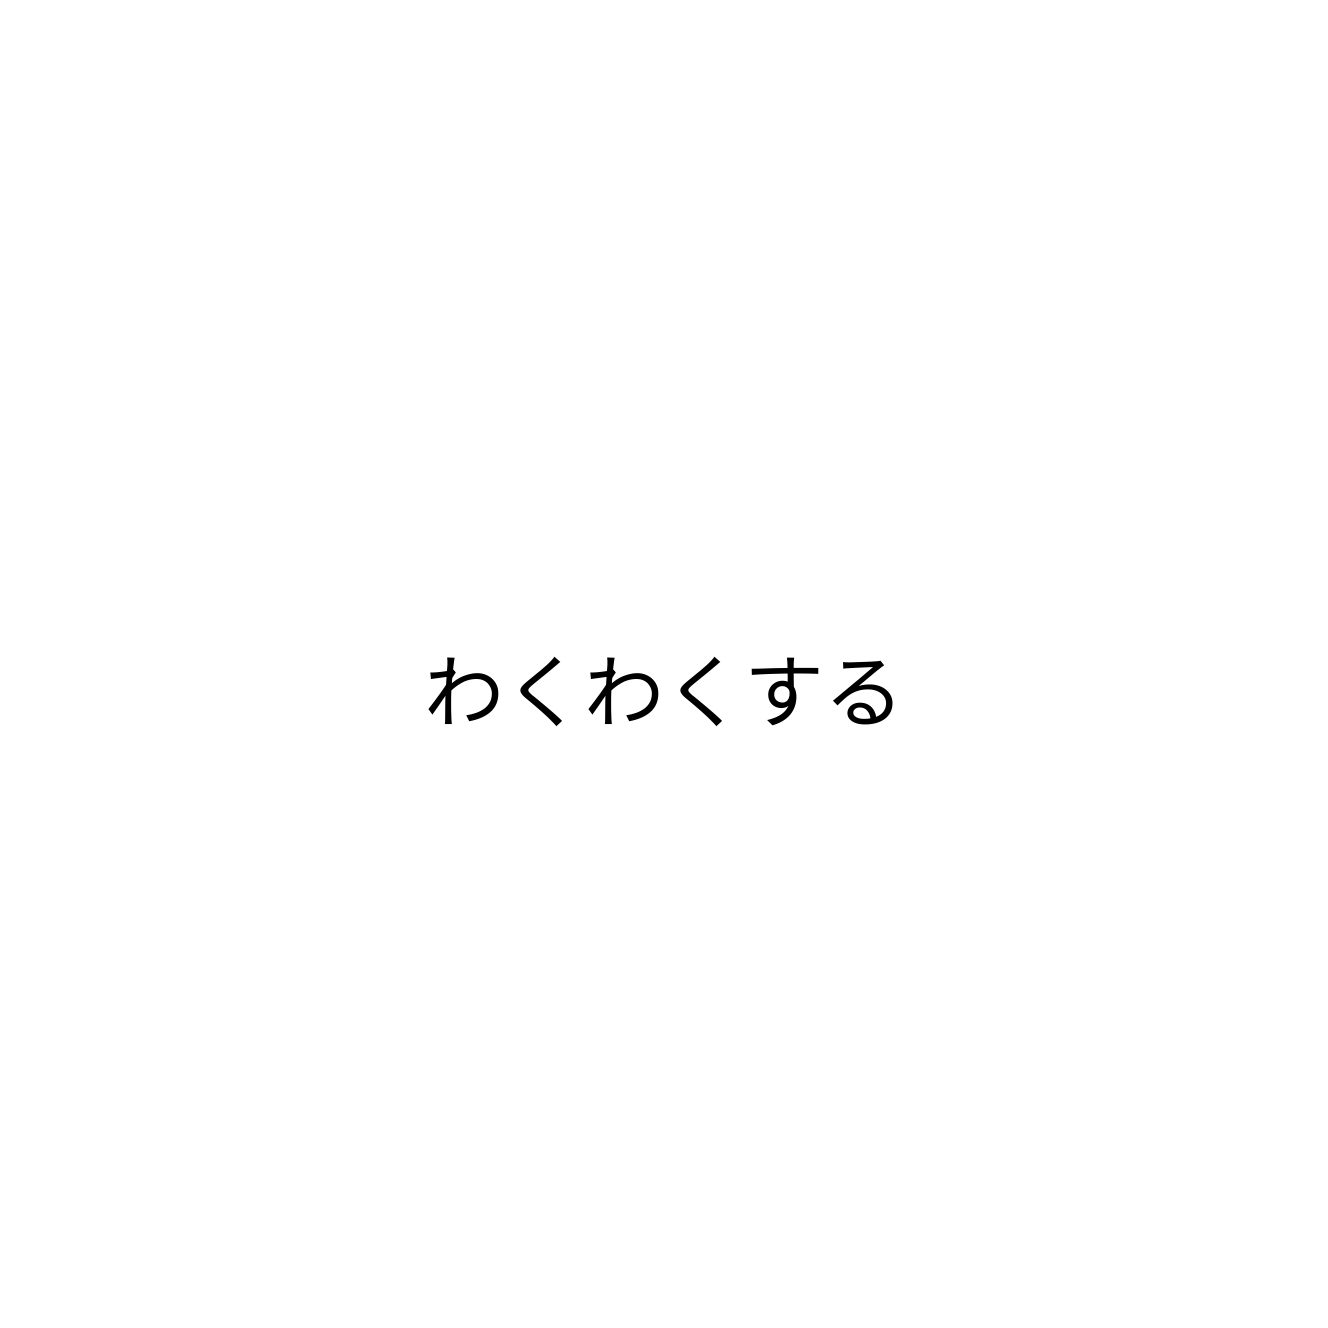
わくわくする